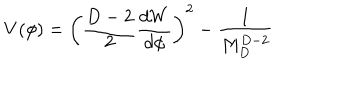
V ( \phi ) = \left( { \frac { D - 2 } { 2 } } { \frac { d W } { d \phi } } \right) ^ { 2 } - { \frac { 1 } { M _ { D } ^ { D - 2 } } }